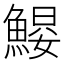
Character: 𱆶